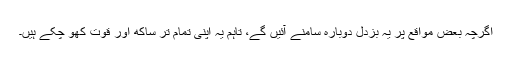
اگرچہ بعض مواقع پر یہ بزدل دوبارہ سامنے آئیں گے، تاہم یہ اپنی تمام تر ساکھ اور قوت کھو چکے ہیں۔